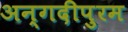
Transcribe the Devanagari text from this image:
अन्गदीपुरम